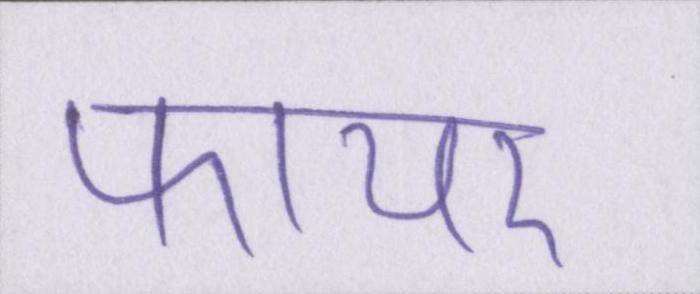
फायर